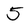
Character: 5